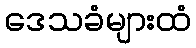
ဒေသခံများထံ